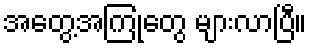
အတွေ့အကြုံတွေ များလာပြီ။